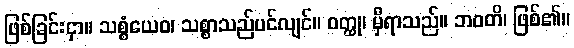
ဖြစ်ခြင်းငှာ။ သစ္စံယေဝ၊ သစ္စာသည်ပင်လျင်။ ဝတ္ထု၊ မှီရာသည်။ ဘဝတိ၊ ဖြစ်၏။